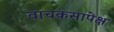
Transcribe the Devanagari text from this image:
वाचकसापेक्ष